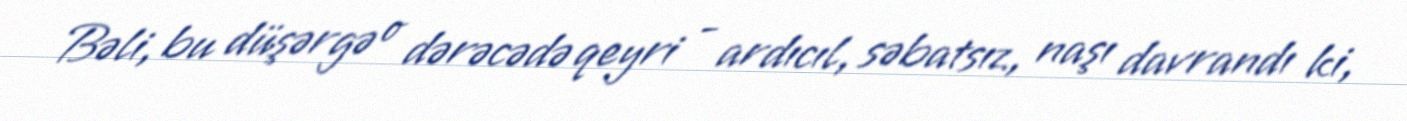
Bəli, bu düşərgə o dərəcədə qeyri - ardıcıl, səbatsız, naşı davrandı ki,